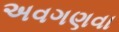
અવગણવા